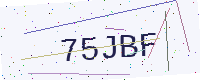
Text: 75JBF